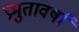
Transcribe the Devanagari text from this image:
प्रभुतावर्षा